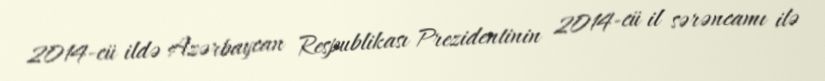
2014-cü ildə Azərbaycan Respublikası Prezidentinin 2014-cü il sərəncamı ilə